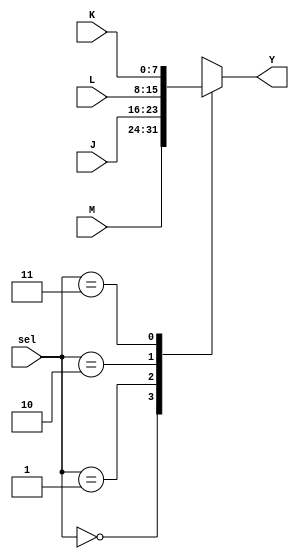
`timescale 1ns / 1ps
// Amruth Niranjan
// October 2022
module multiplexer(
    input [7:0] J,
    input [7:0] K,
    input [7:0] L,
    input [7:0] M,
    input [1:0] sel,
    output reg [7:0] Y
    );
    always@ (J or K or L or M or sel) begin
        case (sel)
            2'b00 : Y = M;
            2'b01 : Y = J;
            2'b10 : Y = L;
            2'b11 : Y = K;
        endcase
    end
endmodule